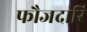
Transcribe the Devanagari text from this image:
फौजदारि